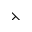
\leftthreetimes